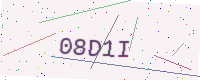
Text: 08D1I